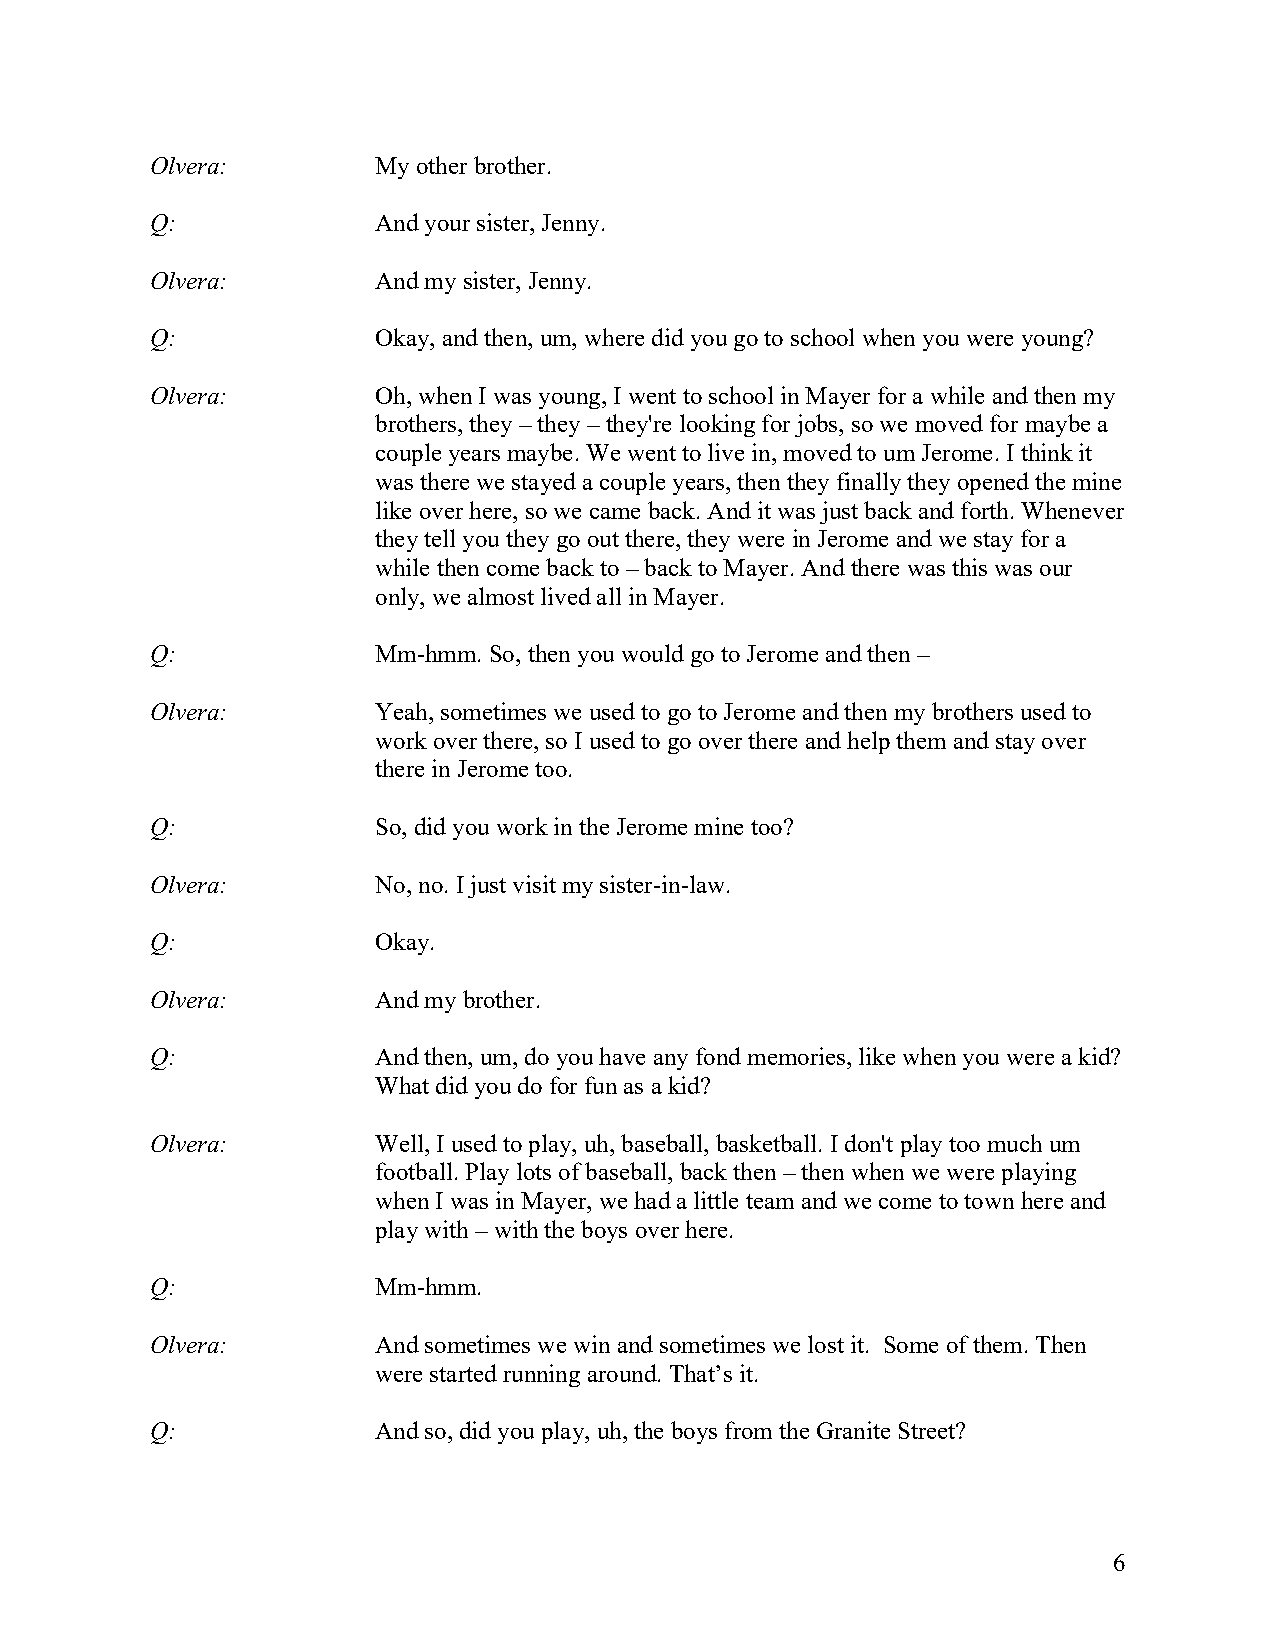
Olvera:        My other brother.
 Q:             And your sister, Jenny.
 Olvera:        And my sister, Jenny.
 Q:             Okay, and then, um, where did you go to school when you were young?
 Olvera:        Oh, when I was young, I went to school in Mayer for a while and then my
 brothers, they – they – they're looking for jobs, so we moved for maybe a
 couple years maybe. We went to live in, moved to um Jerome. I think it
 was there we stayed a couple years, then they finally they opened the mine
 like over here, so we came back. And it was just back and forth. Whenever
 they tell you they go out there, they were in Jerome and we stay for a
 while then come back to – back to Mayer. And there was this was our
 only, we almost lived all in Mayer.
 Q:             Mm-hmm. So, then you would go to Jerome and then –
 Olvera:        Yeah, sometimes we used to go to Jerome and then my brothers used to
 work over there, so I used to go over there and help them and stay over
 there in Jerome too.
 Q:             So, did you work in the Jerome mine too?
 Olvera:        No, no. I just visit my sister-in-law.
 Q:             Okay.
 Olvera:        And my brother.
 Q:             And then, um, do you have any fond memories, like when you were a kid?
 What did you do for fun as a kid?
 Olvera:        Well, I used to play, uh, baseball, basketball. I don't play too much um
 football. Play lots of baseball, back then – then when we were playing
 when I was in Mayer, we had a little team and we come to town here and
 play with – with the boys over here.
 Q:             Mm-hmm.
 Olvera:        And sometimes we win and sometimes we lost it. Some of them. Then
 were started running around. That’s it.
 Q:             And so, did you play, uh, the boys from the Granite Street?
 6